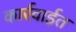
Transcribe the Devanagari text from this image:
कार्रवाईत